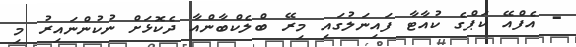
- އެފްއޭ ކަޕްގެ ކުއާޓާ ފައިނަލުގައި މިރޭ ބްލެކްބާންއާ ދެކޮޅަށް ނުކުންނައިރު މި